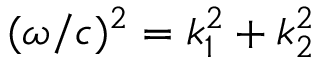
( \omega / c ) ^ { 2 } = k _ { 1 } ^ { 2 } + k _ { 2 } ^ { 2 }